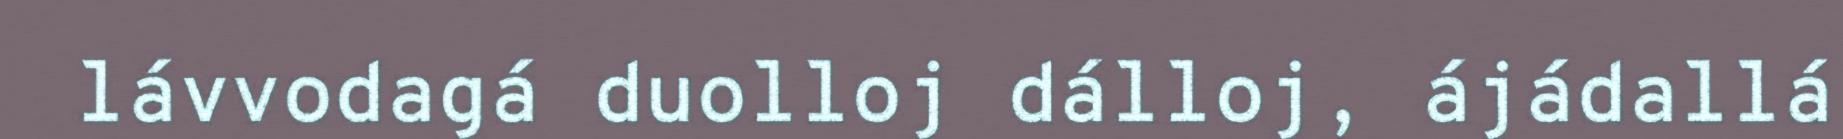
lávvodagá duolloj dálloj, ájádallá